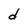
Character: d